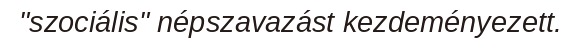
"szociális" népszavazást kezdeményezett.